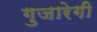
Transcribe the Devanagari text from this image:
गुजारेगी